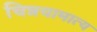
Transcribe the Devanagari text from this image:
चिन्नयामात्य